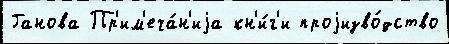
Ганова Пр'им'еча́н'иjа кн'и́г'и проjизво́дство